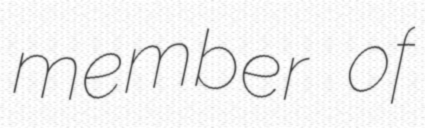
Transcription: member of